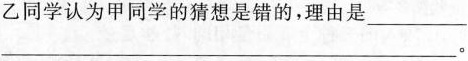
乙同学认为甲同学的猜想是错的，理由是______。